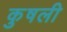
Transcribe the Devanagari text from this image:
कुषली